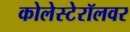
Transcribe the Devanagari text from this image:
कोलेस्टेरॉलवर